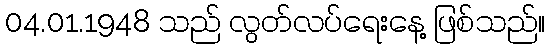
04.01.1948 သည် လွတ်လပ်ရေးနေ့ ဖြစ်သည်။